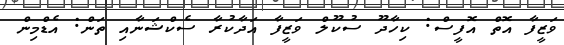
ވަޒީފާ އޮތް އޮފީސް: ކިހާދޫ ސުކޫލް ވަޒީފާ އަދާކުރާ ސެކްޝަނާއި ތަން: އެޑްމިން